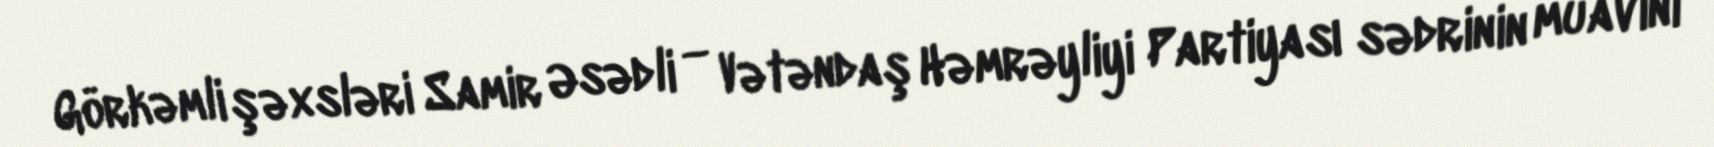
Görkəmli şəxsləri Samir Əsədli — Vətəndaş Həmrəyliyi Partiyası sədrinin müavini